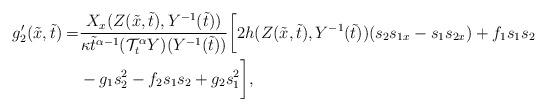
LaTeX: \begin{align*}g'_2(\tilde{x},\tilde{t})=&\frac{X_x(Z(\tilde{x},\tilde{t}),Y^{-1}(\tilde{t}))}{\kappa\tilde{t}^{\alpha-1}(\mathcal{T}_t^\alpha Y)(Y^{-1}(\tilde{t}))}\bigg[2h(Z(\tilde{x},\tilde{t}),Y^{-1}(\tilde{t}))(s_2s_{1x}-s_1s_{2x})+f_1s_1s_2\\&-g_1s_2^2-f_2s_1s_2+g_2s_1^2\bigg],\end{align*}